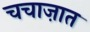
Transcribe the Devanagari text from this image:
चचाज़ात